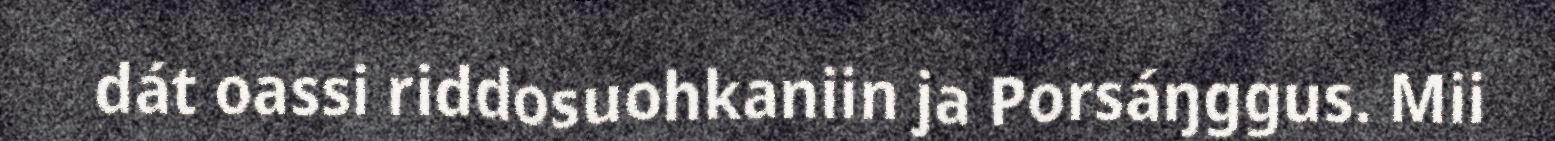
dát oassi riddosuohkaniin ja Porsáŋggus. Mii